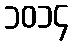
၁၀၁၄